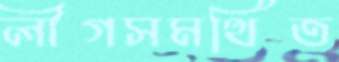
লীগসমর্থিত